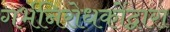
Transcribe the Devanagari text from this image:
गर्भनिरोधकोंद्वारा